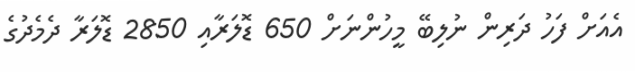
އެއަށް ފަހު ދަރިން ނުލިބޭ މީހުންނަށް 650 ޑޮލަރާއި 2850 ޑޮލަރާ ދެމެދުގެ